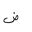
Letter: _dad